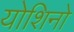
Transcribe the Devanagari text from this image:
योशिनो